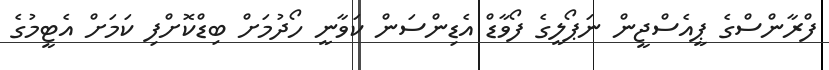
ފްރާންސްގެ ޕީއެސްޖީން ނަޕޯލީގެ ފޯވާޑް އެޑިންސަން ކަވާނީ ހޯދުމަށް ބިޑްކޮށްފި ކަމަށް އެޓީމުގެ